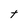
Character: t